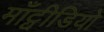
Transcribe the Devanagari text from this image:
माँट्वीडियो